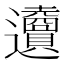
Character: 𨙜